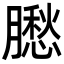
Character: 𦡗